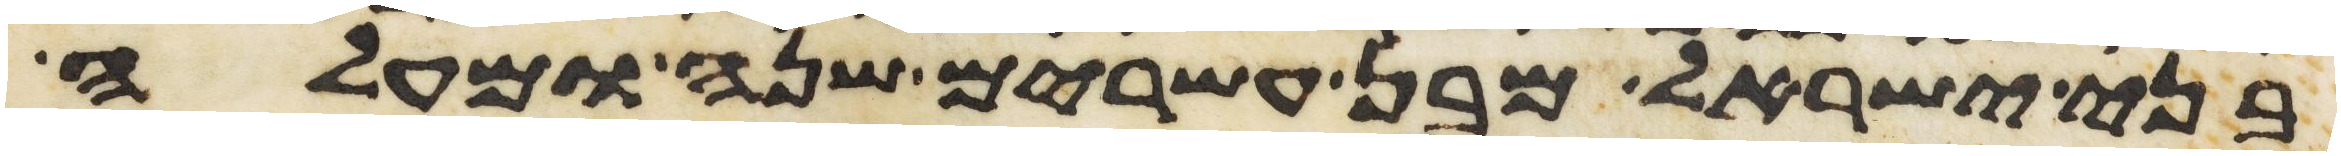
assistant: בני ישראל מבן עשרים שנה ומעלה